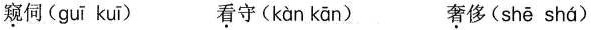
窥伺( guī kuī ) 看守( kàn kān ) 奢侈( shē shá )